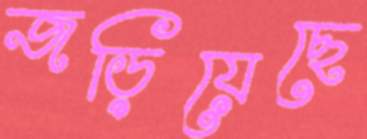
জড়িয়েছে